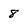
Character: 8